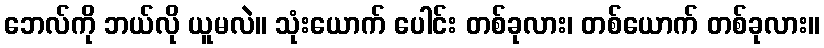
ဘေလ်ကို ဘယ်လို ယူမလဲ။ သုံးယောက် ပေါင်း တစ်ခုလား၊ တစ်ယောက် တစ်ခုလား။